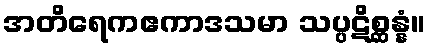
အတိရေကဧကာဒသမာ သပ္ပဋိစ္ဆန္နံ။